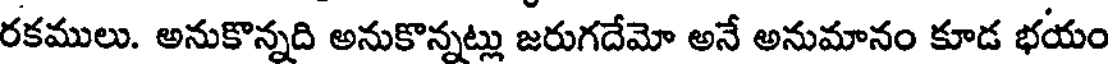
రకములు. అనుకొన్నది అనుకొన్నట్లు జరుగదేమో అనే అనుమానం కూడ భయం